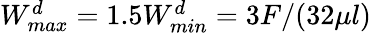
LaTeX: \begin{array}{r}{W_{max}^{d}=1.5W_{min}^{d}=3F/(32\mu l)}\end{array}